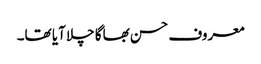
معروف حسن بھاگا چلا آیا تھا۔